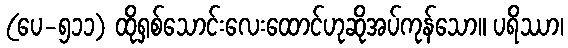
(ပေ-၅၁၁) ထိုရှစ်သောင်းလေးထောင်ဟုဆိုအပ်ကုန်သော။ ပရိဿာ၊